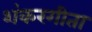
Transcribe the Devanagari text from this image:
शंकरगीता